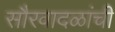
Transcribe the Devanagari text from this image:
सौरवादळांची